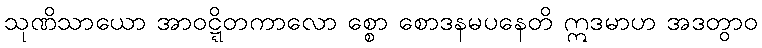
သုဏိသာယော အာဝဋ္ဋိတကာလော စ္စော စောဒနမပနေတိ ဣဒမာဟ အဒတွာဝ